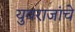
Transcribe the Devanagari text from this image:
युवराजांचे